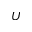
U